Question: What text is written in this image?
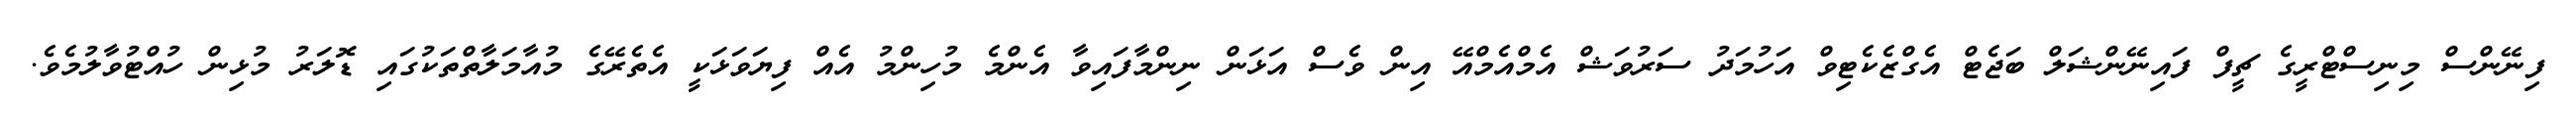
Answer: ފިނޭންސް މިނިސްޓްރީގެ ޗީފް ފައިނޭންޝަލް ބަޖެޓް އެގްޒެކެޓިވް އަހުމަދު ސަރުވަޝް އެމްއެމްއޭ އިން ވެސް އަޅަން ނިންމާފައިވާ އެންމެ މުހިންމު އެއް ފިޔަވަޅަކީ އެތެރޭގެ މުއާމަލާތްތަކުގައި ޑޮލަރު މުޅިން ހުއްޓުވާލުމެވެ.